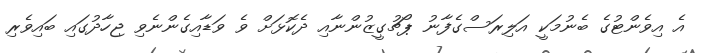
އެ އިވެންޓުގެ ބެނުމަކީ އަލިރަސްގެފާނު ޕޯޗުގީޒުންނާއި ދެކޮޅަށް ވެ ވަޑާއިގެންނެވި ޖިހާދުގައި ބައިވެރި